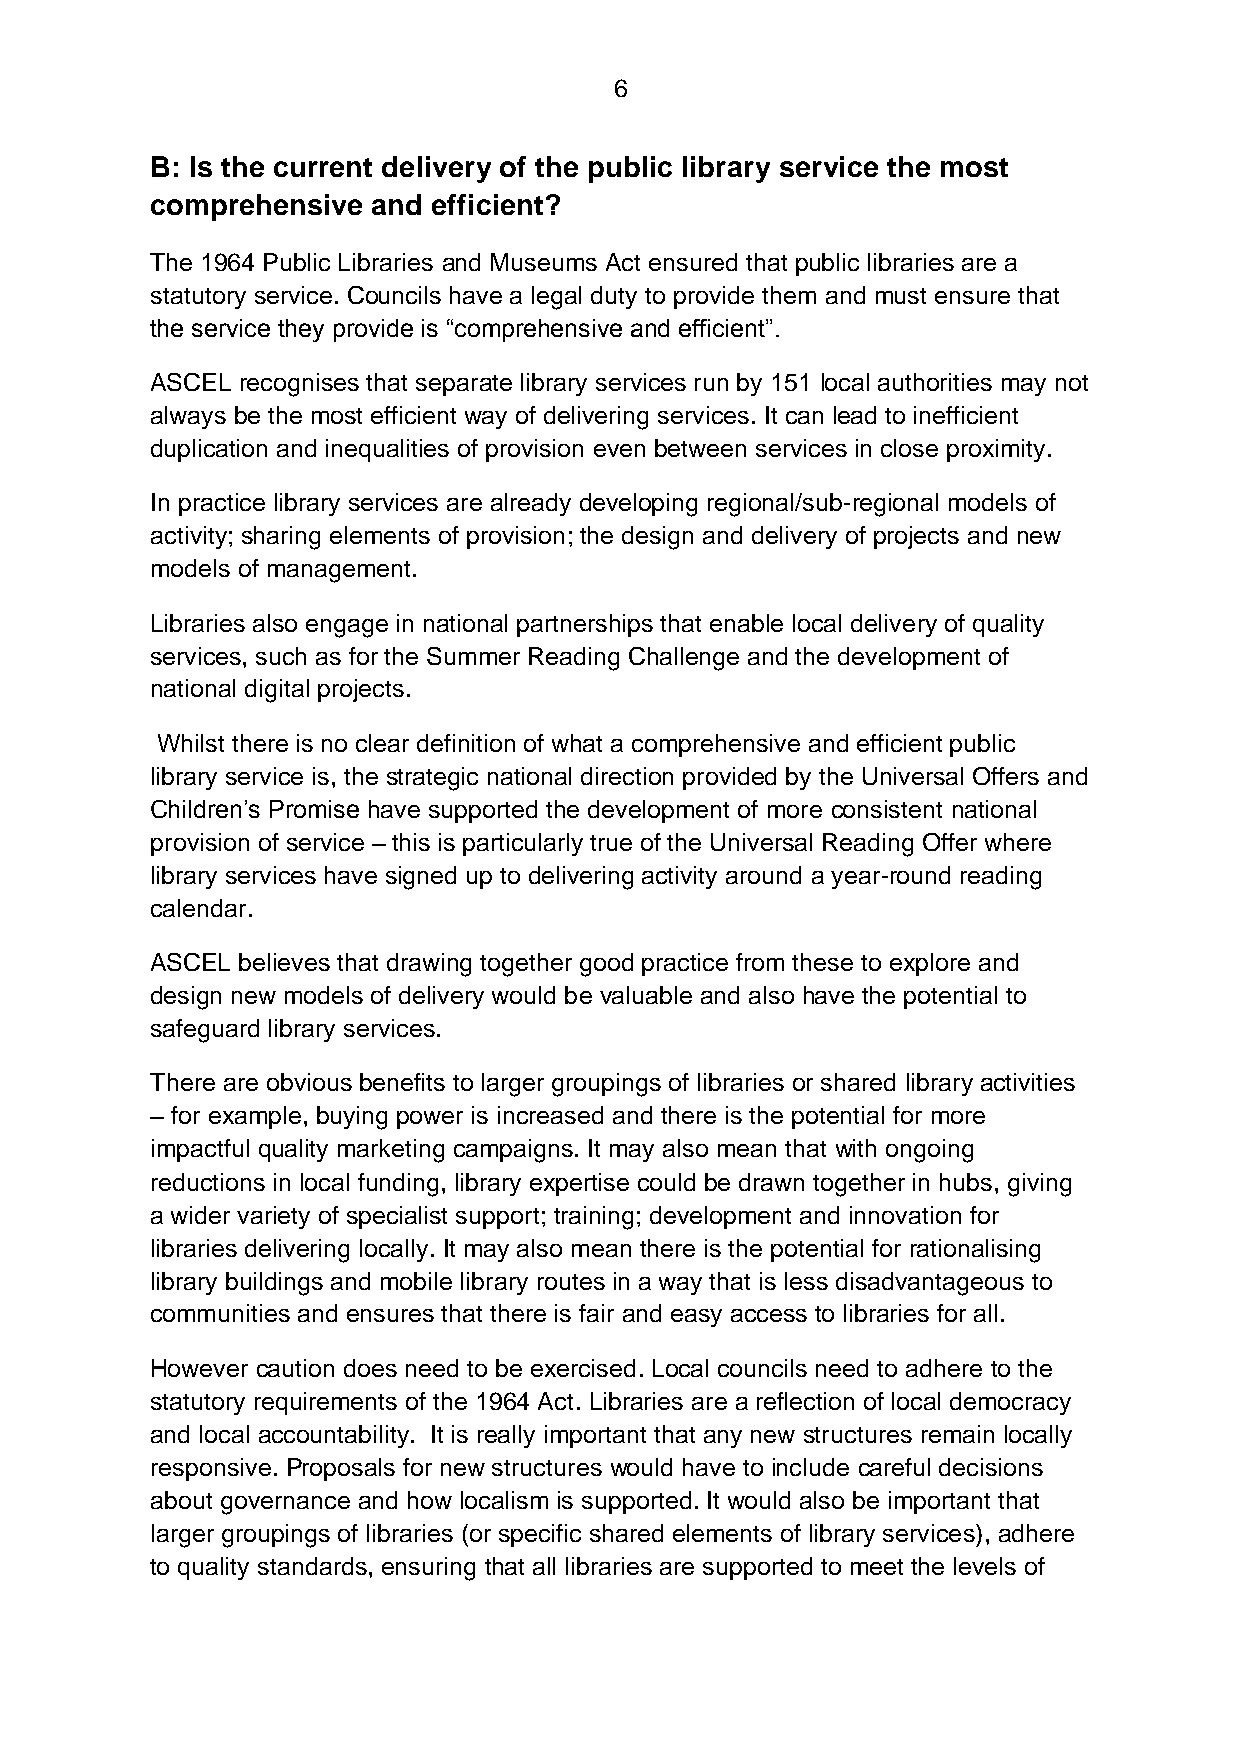
6
 B: Is the current delivery of the public library service the most
 comprehensive  and efficient?
 The 1964 Public Libraries and Museums Act ensured that public libraries are a
 statutory service. Councils have a legal duty to provide them and must ensure that
 the service they provide is “comprehensive and efficient”.
 ASCEL recognises that separate library services run by 151 local authorities may not
 always be the most efficient way of delivering services. It can lead to inefficient
 duplication and inequalities of provision even between services in close proximity.
 In practice library services are already developing regional/sub-regional models of
 activity; sharing elements of provision; the design and delivery of projects and new
 models of management.
 Libraries also engage in national partnerships that enable local delivery of quality
 services, such as for the Summer Reading Challenge and the development of
 national digital projects.
 Whilst there is no clear definition of what a comprehensive and efficient public
 library service is, the strategic national direction provided by the Universal Offers and
 Children’s Promise have supported the development of more consistent national
 provision of service – this is particularly true of the Universal Reading Offer where
 library services have signed up to delivering activity around a year-round reading
 calendar.
 ASCEL believes that drawing together good practice from these to explore and
 design new models of delivery would be valuable and also have the potential to
 safeguard library services.
 There are obvious benefits to larger groupings of libraries or shared library activities
 – for example, buying power is increased and there is the potential for more
 impactful quality marketing campaigns. It may also mean that with ongoing
 reductions in local funding, library expertise could be drawn together in hubs, giving
 a wider variety of specialist support; training; development and innovation for
 libraries delivering locally. It may also mean there is the potential for rationalising
 library buildings and mobile library routes in a way that is less disadvantageous to
 communities and ensures that there is fair and easy access to libraries for all.
 However caution does need to be exercised. Local councils need to adhere to the
 statutory requirements of the 1964 Act. Libraries are a reflection of local democracy
 and local accountability. It is really important that any new structures remain locally
 responsive. Proposals for new structures would have to include careful decisions
 about governance and how localism is supported. It would also be important that
 larger groupings of libraries (or specific shared elements of library services), adhere
 to quality standards, ensuring that all libraries are supported to meet the levels of